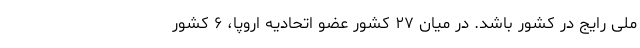
ملی رایج در کشور باشد. در میان ۲۷ کشور عضو اتحادیه اروپا، ۶ کشور